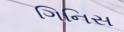
ગિનિસ